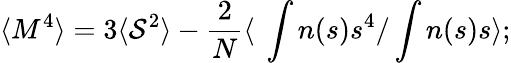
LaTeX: \langle M^{4}\rangle=3\langle{\cal{S}}^{2}\rangle-{\frac{2}{N}}\langle\ \int n(s)s^{4}/\int n(s)s\rangle;